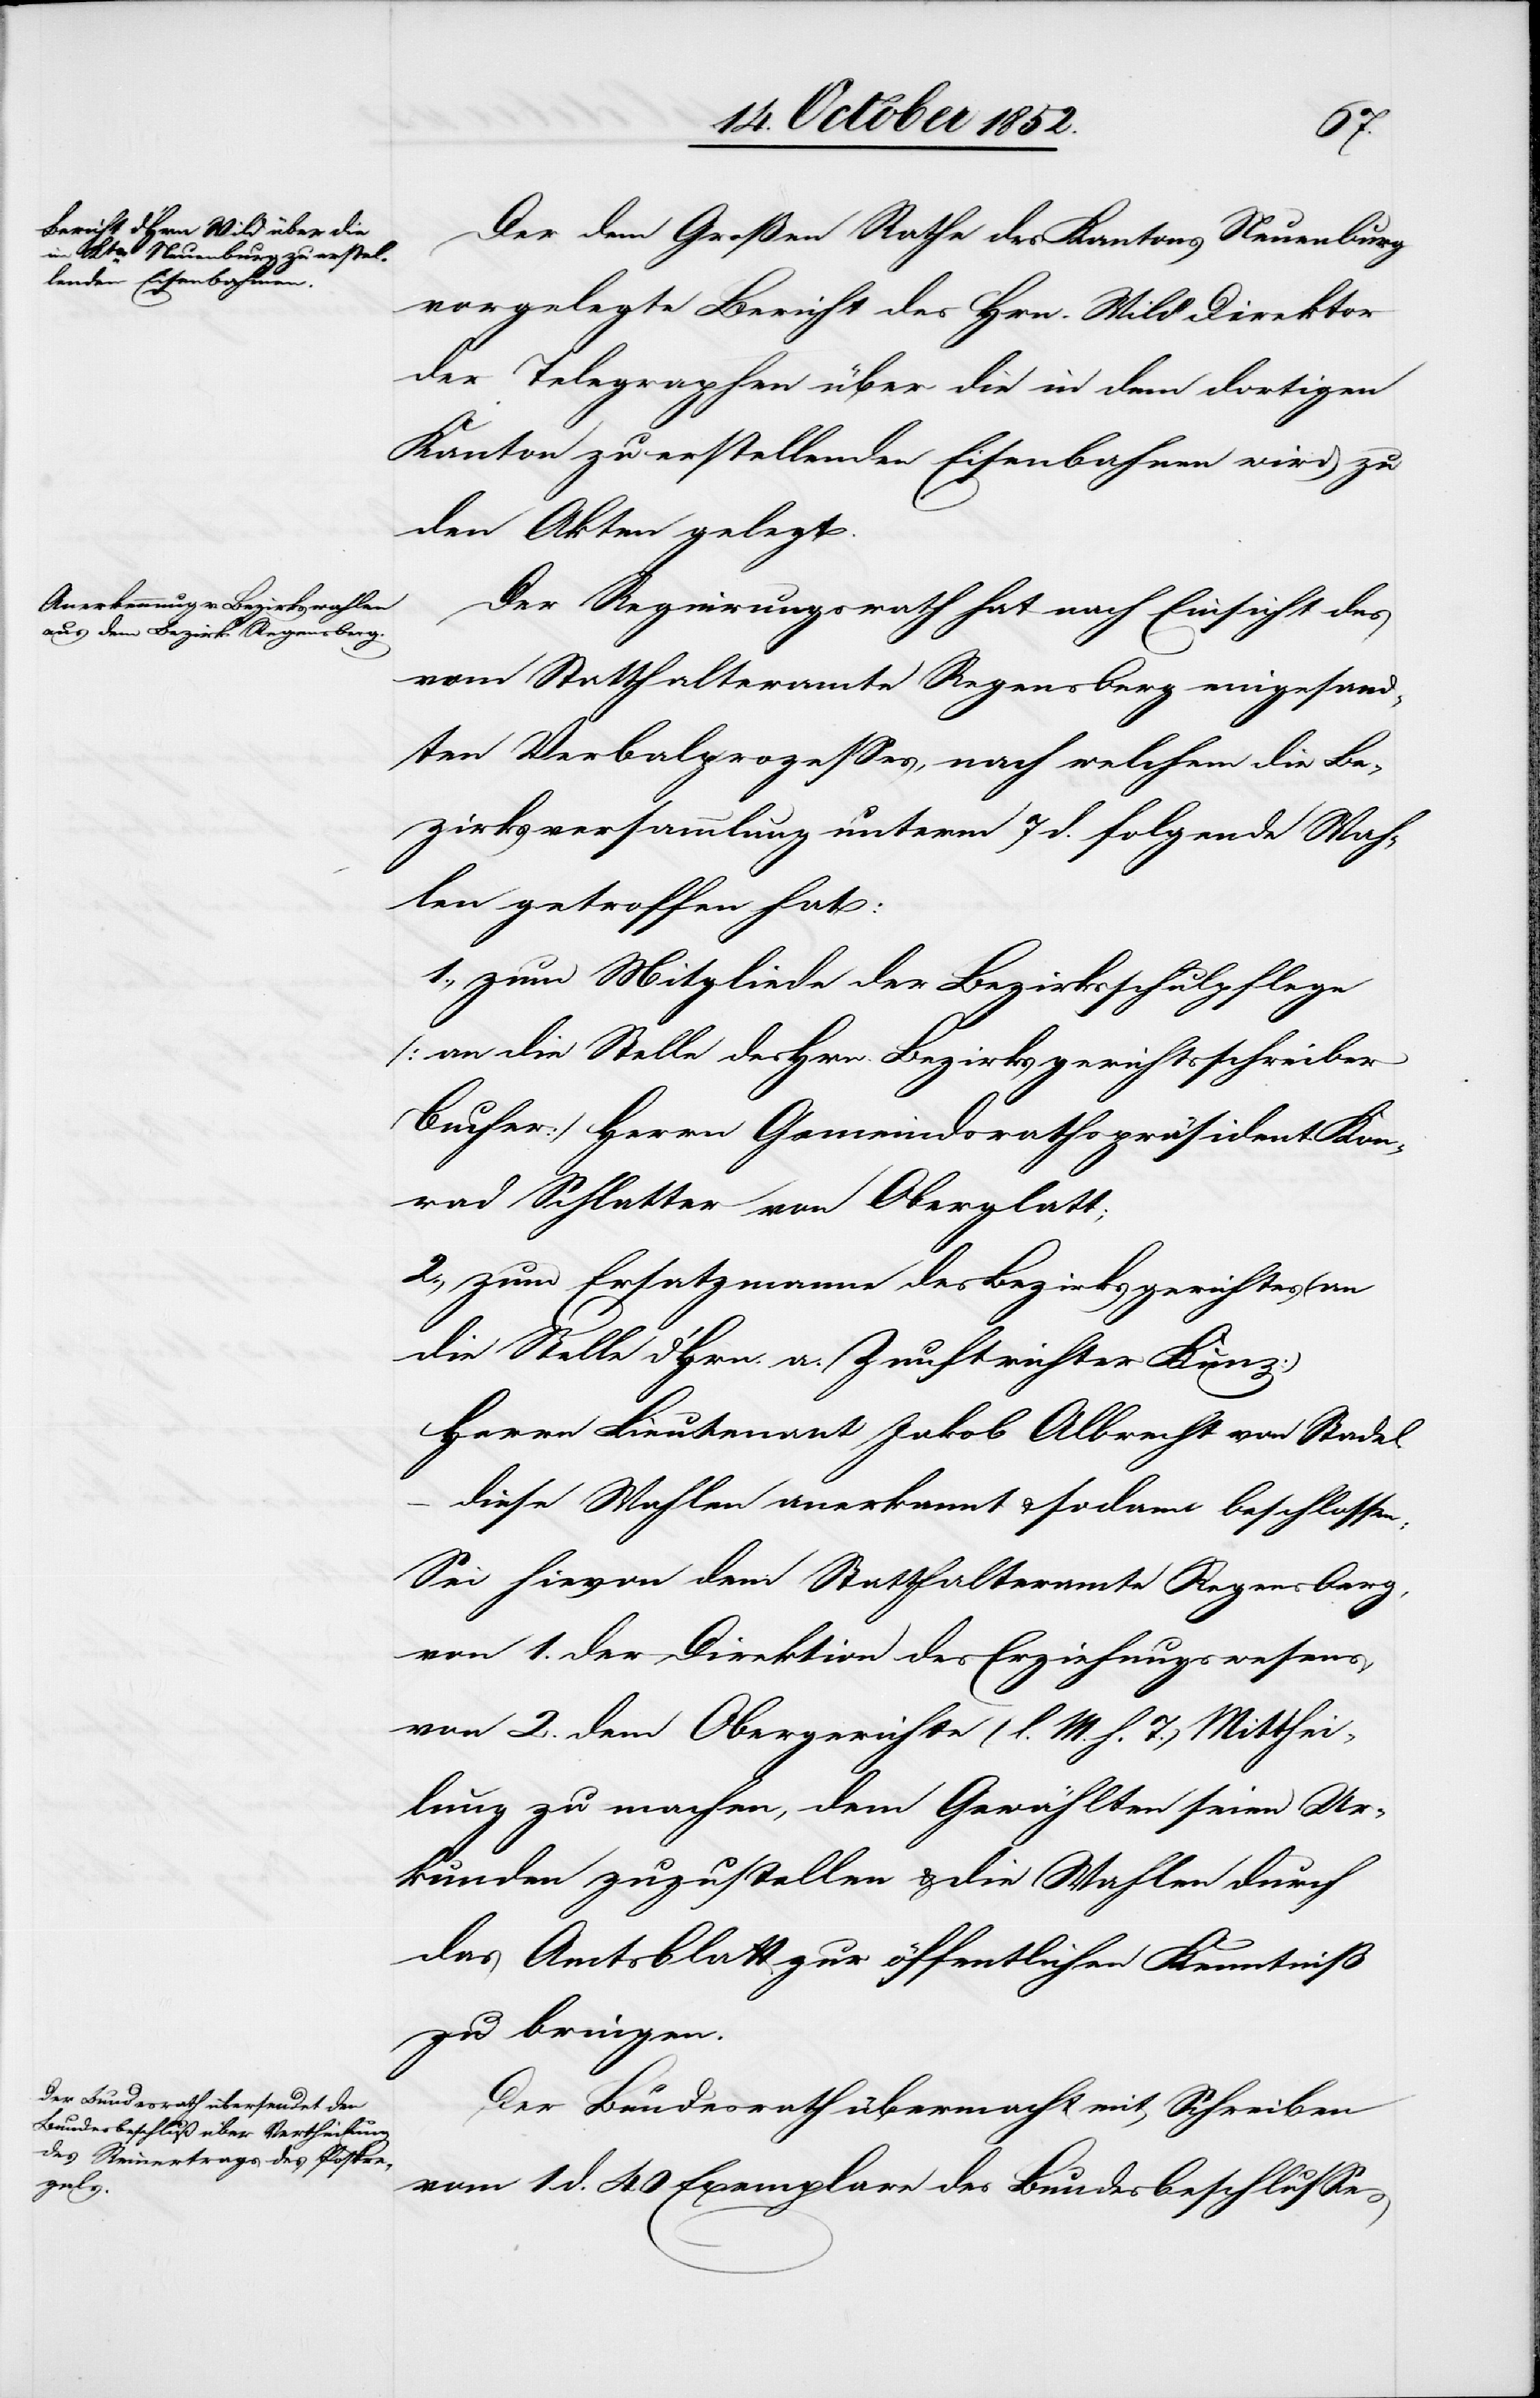
Der dem Großen Rathe des Kantons Neuenburg
vorgelegte Bericht des Hrn. Wild Direktor
der Telegraphen über die in dem dortigen
Kanton zu erstellenden Eisenbahnen wird zu
den Akten gelegt.
Der Regierungsrath hat nach Einsicht des
vom Statthalteramte Regensberg eingesand¬
ten Verbalprozesses, nach welchem die Be¬
zirksversammlung unterm 7 d. folgende Wah¬
len getroffen hat:
1., zum Mitgliede der Bezirksschulpflege
[an die Stelle des Hrn. Bezirksgerichtsschreiber
Bucher] Herrn Gemeindsrathspräsident Kon¬
rad Schlatter von Oberglatt;
2., zum Ersatzmanne des Bezirksgerichtes (an
die Stelle d. Hrn. a. Zunftrichter Kunz)
Herrn Lieutenant Jakob Albrecht von Stadel.
diese Wahlen anerkannt & sodann beschlossen:
Sei hievon dem Statthalteramte Regensberg,
von 1. der Direktion des Erziehungswesens,
von 2. dem Obergerichte (l. M. h. T.) Mitthei¬
lung zu machen, dem Gewählten seien Ur¬
kunden zuzustellen & die Wahlen durch
das Amtsblatt zur öffentlichen Kenntniß
zu bringen.
Der Bundesrath übermacht mit Schreiben
vom 1 d. 40 Exemplare des Bundesbeschlusses